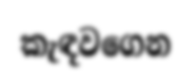
කැඳවගෙන